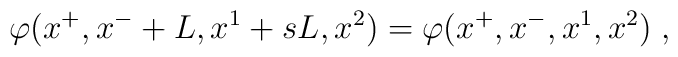
\varphi(x^+,x^-+L,x^1+sL,x^2)= \varphi(x^+,x^-,x^1,x^2) \;,